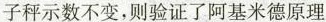
子秤示数不变，则验证了阿基米德原理